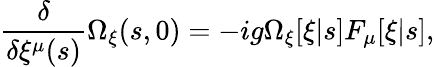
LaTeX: \frac{\delta}{\delta\xi^{\mu}(s)}\Omega_{\xi}(s,0)=-ig\Omega_{\xi}[\xi|s]F_{\mu}[\xi|s],